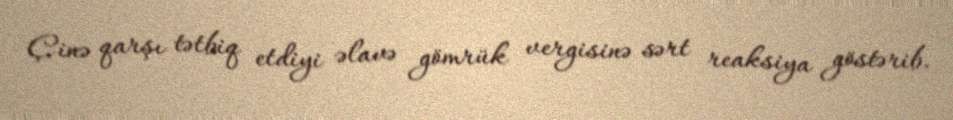
Çinə qarşı tətbiq etdiyi əlavə gömrük vergisinə sərt reaksiya göstərib.